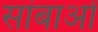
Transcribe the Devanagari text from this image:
सांबाओं